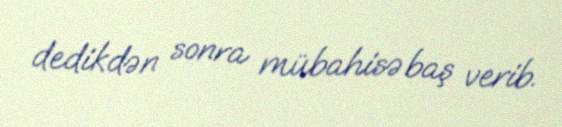
dedikdən sonra mübahisə baş verib.